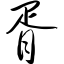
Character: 胥